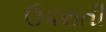
ઉપરાતી